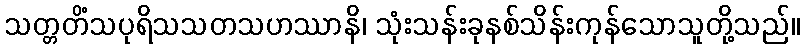
သတ္တတိံသပုရိသသတသဟဿာနိ၊ သုံးသန်းခုနစ်သိန်းကုန်သောသူတို့သည်။